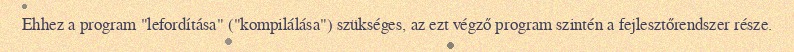
Ehhez a program "lefordítása" ("kompilálása") szükséges, az ezt végző program szintén a fejlesztőrendszer része.